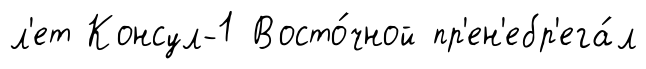
л'ет Консул-1 Восто́чной пр'ен'ебр'ега́л